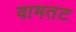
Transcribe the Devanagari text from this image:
वामतट